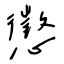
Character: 懲